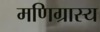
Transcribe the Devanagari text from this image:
मणिग्रास्य